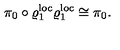
\pi _ { 0 } \circ \varrho _ { 1 } ^ { \mathrm { l o c } } \varrho _ { 1 } ^ { \mathrm { l o c } } \cong \pi _ { 0 } .